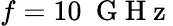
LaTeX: f=10~\mathrm{~G~H~z~}